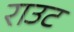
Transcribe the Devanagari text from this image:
राउट